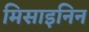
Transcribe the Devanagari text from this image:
मिसाइनिन